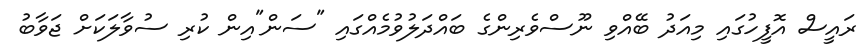
ރައީސް އޮފީހުގައި މިއަދު ބޭއްވި ނޫސްވެރިންގެ ބައްދަލުވުމެއްގައި "ސަން"އިން ކުރި ސުވާލަކަށް ޖަވާބު